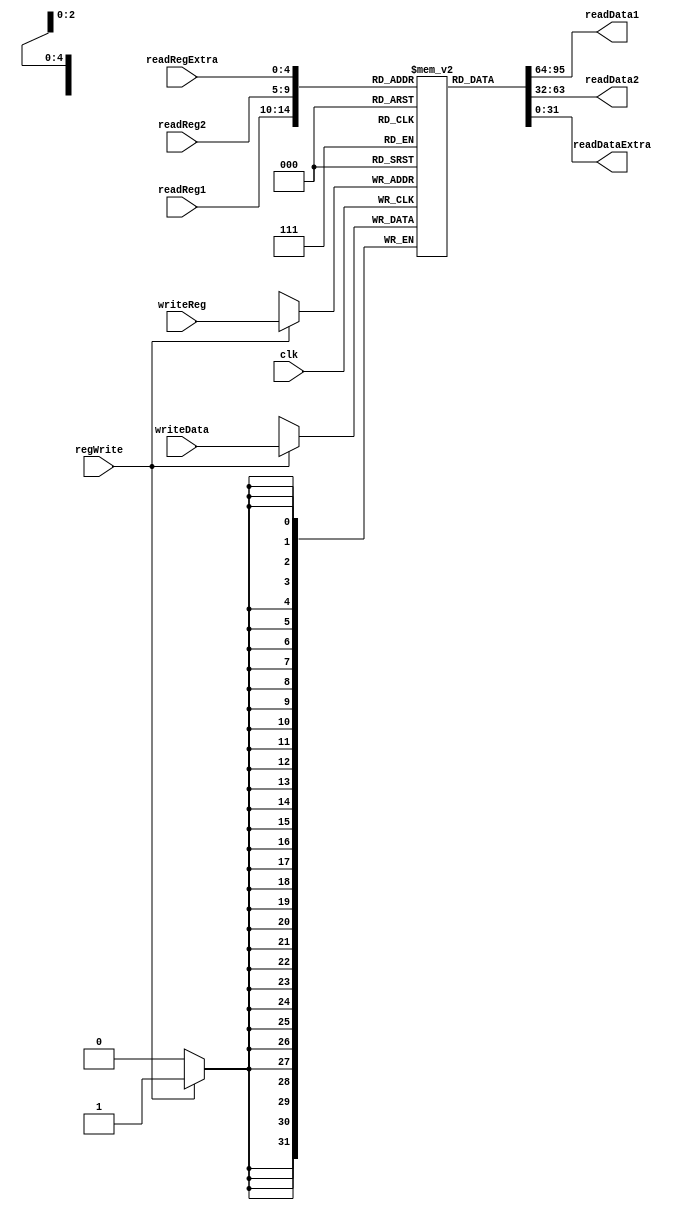
`ifndef MODULE_REGISTERS
`define MODULE_REGISTERS
`timescale 1ns / 1ps

module Registers (
    input               clk, regWrite,
    input       [4:0]   readReg1, readReg2, readRegExtra,
    input       [4:0]   writeReg,
    output      [31:0]  readData1, readData2, readDataExtra,
    input       [31:0]  writeData
);

    reg [31:0] regs [0:31];
    integer i;

    initial begin
        for (i = 0; i < 32; i = i + 1)
            regs[i] = 32'b0;
    end

    assign readData1 = regs[readReg1];
    assign readData2 = regs[readReg2];
    assign readDataExtra = regs[readRegExtra];

    always @ (negedge clk) begin
        if (regWrite == 1)
            regs[writeReg] <= writeData;
    end

endmodule // registers

`endif